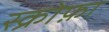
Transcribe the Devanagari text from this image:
स्क्रोफ़ा